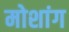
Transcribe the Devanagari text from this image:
मोशांग